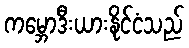
ကမ္ဘောဒီးယားနိုင်ငံသည်